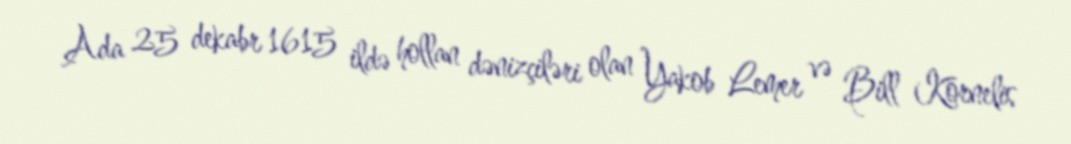
Ada 25 dekabr 1615 ildə hollan dənizçiləri olan Yakob Lemer və Bill Kornelis